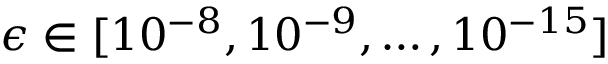
\epsilon \in [ 1 0 ^ { - 8 } , 1 0 ^ { - 9 } , \dots , 1 0 ^ { - 1 5 } ]